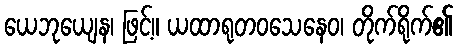
ယေဘုယျေန၊ ဖြင့်။ ယထာရုတဝသေနေဝ၊ တိုက်ရိုက်၏